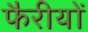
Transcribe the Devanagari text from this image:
फैरीयों